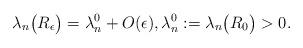
LaTeX: \begin{align*} \lambda_n\big(R_\epsilon\big) = \lambda^0_n + O(\epsilon), \lambda^0_n := \lambda_n\big(R_0\big) > 0.\end{align*}